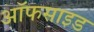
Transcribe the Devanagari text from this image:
ऑफसाइड